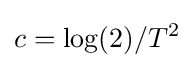
c=\log(2)/T^{2}